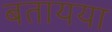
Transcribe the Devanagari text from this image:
बतायया